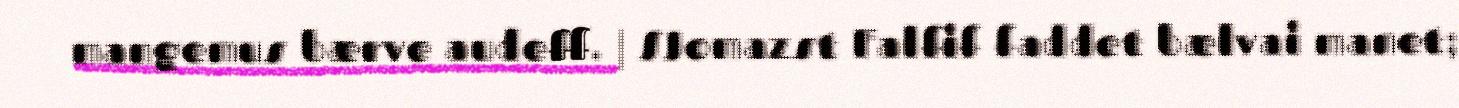
mangemus bærve audeff. | SJomazst Falfif faddet bælvai manet;